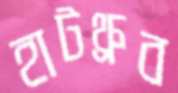
হাটথ্রুব